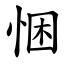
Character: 悃